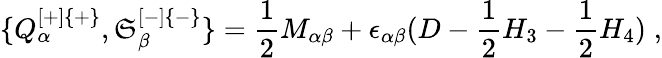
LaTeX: \{ Q_{\alpha}^{[+]\{ +\} },\mathfrak{S}_{\beta}^{[-]\{ -\} }\} ={\frac{{1}}{{2}}}M_{\alpha\beta}+\epsilon_{\alpha\beta}(D-{\frac{{1}}{{2}}}H_{3}-{\frac{{1}}{{2}}}H_{4})\; ,